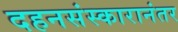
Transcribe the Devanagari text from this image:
दहनसंस्कारानंतर